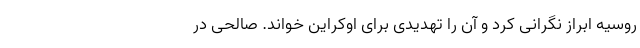
روسیه ابراز نگرانی کرد و آن را تهدیدی برای اوکراین خواند. صالحی در